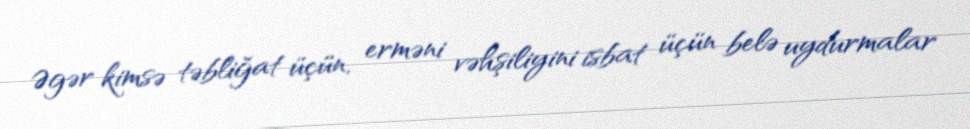
Əgər kimsə təbliğat üçün, erməni vəhşiliyini isbat üçün belə uydurmalar